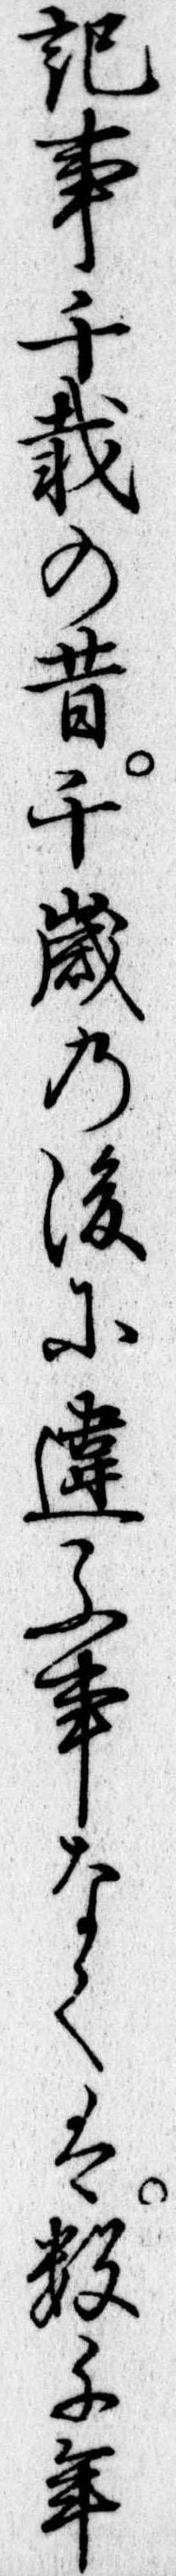
記事千載の昔千歳の後に違ふ事なくは数千年